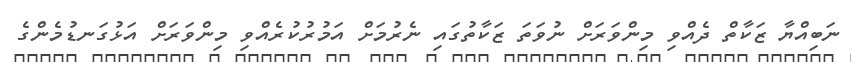
ނަބިއްޔާ ޒަކާތް ދެއްވި މިންވަރަށް ނުވަތަ ޒަކާތުގައި ނެރުމަށް އަމުރުކުރެއްވި މިންވަރަށް އަޅުގަނޑުމެންގެ